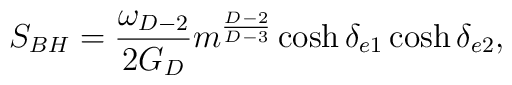
S_{BH}={{\omega_{D-2}}\over {2G_D}}m^{{D-2}\over{D-3}}\cosh\delta_{e1}\cosh\delta_{e2},